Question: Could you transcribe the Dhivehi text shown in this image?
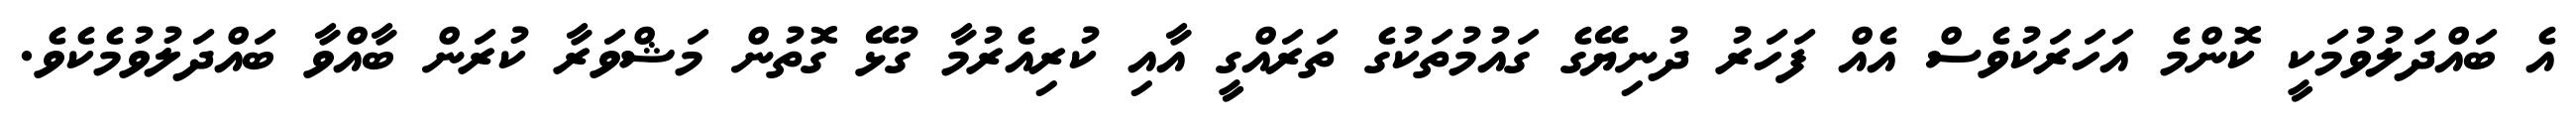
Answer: އެ ބައްދަލުވުމަކީ ކޮންމެ އަހަރަކުވެސް އެއް ފަހަރު ދުނިޔޭގެ ގައުމުތަކުގެ ތަރައްގީ އާއި ކުރިއެރުމާ ގުޅޭ ގޮތުން މަޝްވަރާ ކުރަން ބާއްވާ ބައްދަލުވުމެކެވެ.